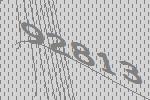
92813